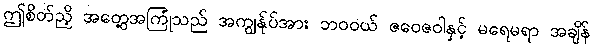
ဤစိတ်ညှိ အတွေ့အကြုံသည် အကျွန်ုပ်အား ဘဝဝယ် ဇဝေဇဝါနှင့် မရေမရာ အချိန်